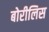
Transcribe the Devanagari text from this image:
बोरीलिस